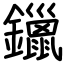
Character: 鑞